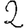
Digit: 2